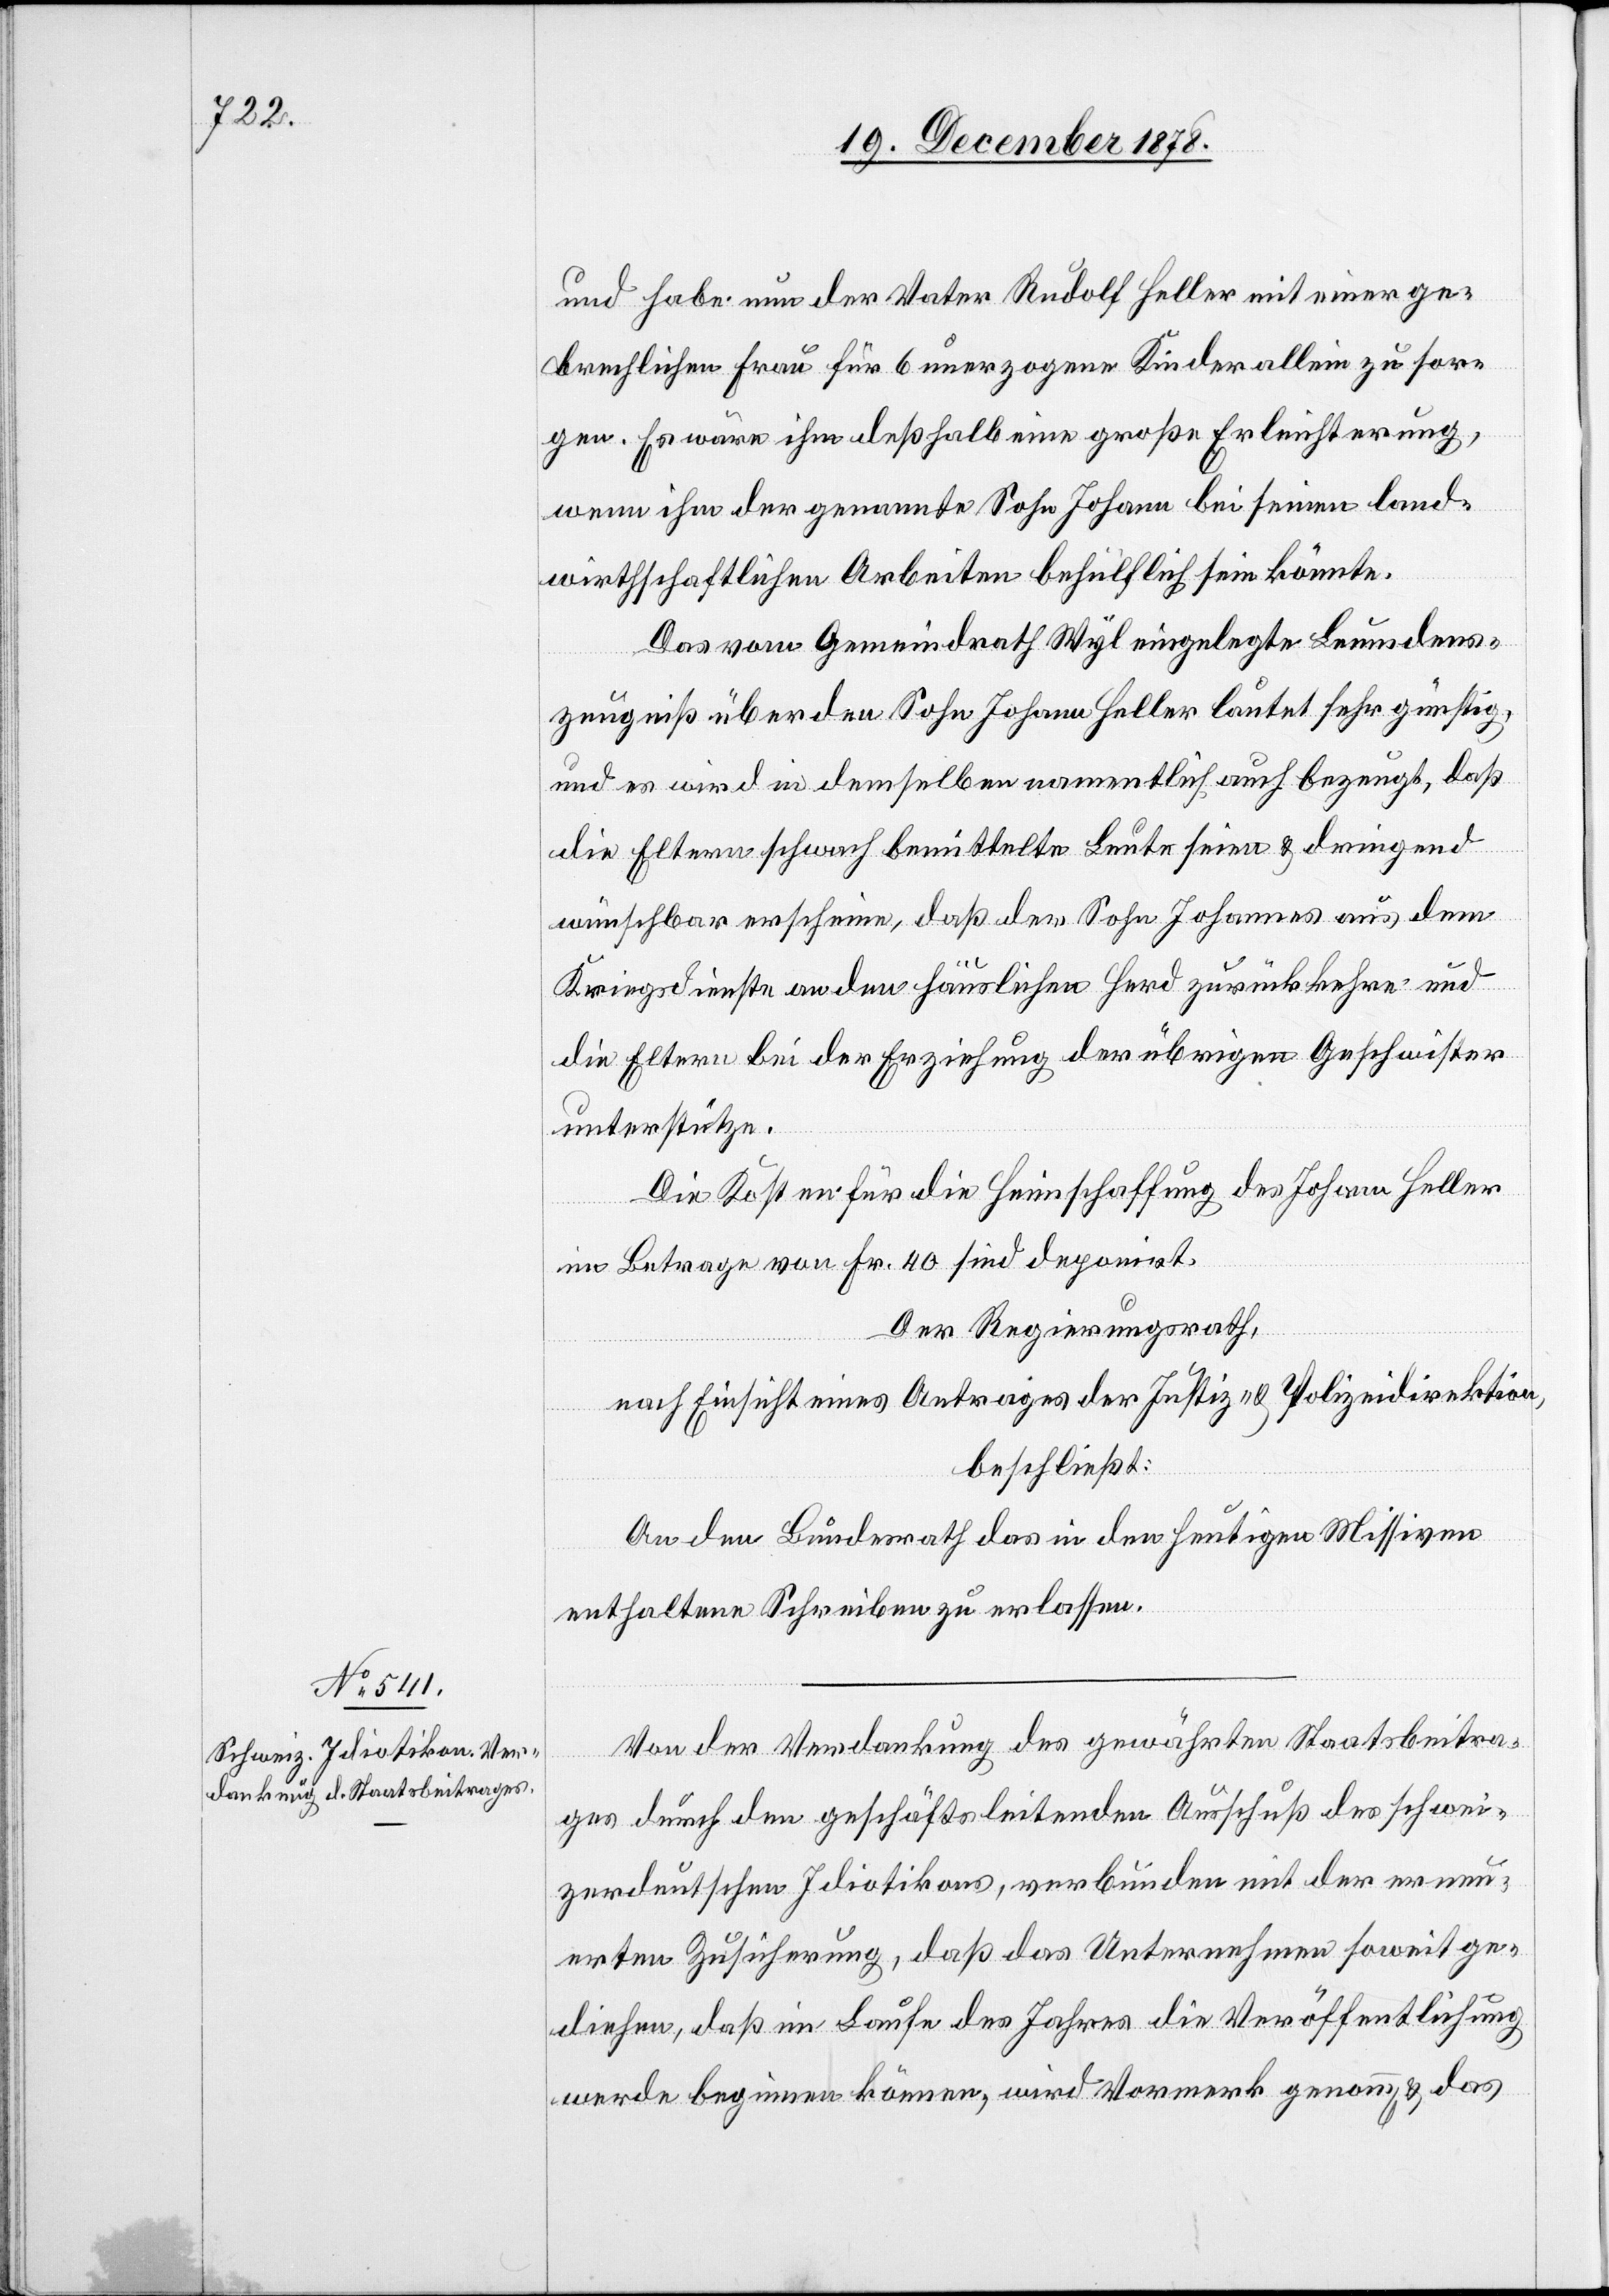
und habe nun der Vater Rudolf Heller mit einer ge¬
brechlichen Frau für 6 unerzogene Kinder allein zu sor¬
gen. Es wäre ihm deßhalb eine große Erleichterung,
wenn ihm der genannte Sohn Johann bei seinen land¬
wirthschaftlichen Arbeiten behülflich sein könnte.
Das vom Gemeindrath Wyl eingelegte Leumdens¬
zeugniß über den Sohn Johann Heller lautet sehr günstig,
und es wird in demselben namentlich auch bezeugt, daß
die Eltern schwach bemittelte Leute seien & dringend
wünschbar erscheine, daß der Sohn Johannes aus dem
Kriegsdienste an den häuslichen Herd zurückkehre und
die Eltern bei der Erziehung der übrigen Geschwister
unterstütze.
Die Kosten für die Heimschaffung des Johann Heller
im Betrage von Fr. 40 sind deponirt.
Der Regierungsrath,
nach Einsicht eines Antrages der Justiz- & Polizeidirektion,
beschließt:
An den Bundesrath das in den heutigen Missiven
enthaltene Schreiben zu erlassen.
Von der Verdankung des gewährten Staatsbeitra¬
ges durch den geschäftsleitenden Ausschuß des schwei¬
zerdeutschen Idiotikons, verbunden mit der erneu¬
erten Zusicherung, daß das Unternehmen soweit ge¬
diehen, daß im Laufe des Jahres die Veröffentlichung
werde beginnen können, wird Vormerk genomm[en] & das